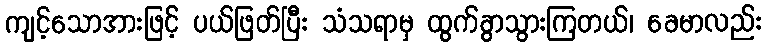
ကျင့်သောအားဖြင့် ပယ်ဖြတ်ပြီး သံသရာမှ ထွက်ခွာသွားကြတယ်၊ ခေမာလည်း